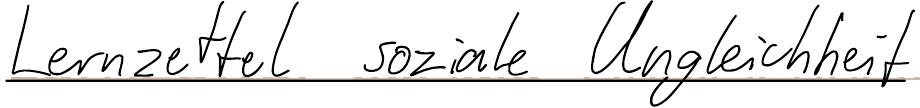
Lernzettel soziale Ungleichheit